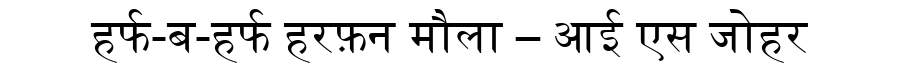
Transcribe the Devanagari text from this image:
हर्फ-ब-हर्फ हरफ़न मौला – आई एस जोहर